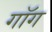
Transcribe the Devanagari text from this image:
गॉग